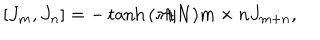
[ J _ { m } , J _ { n } ] = - \tanh { ( \pi / N ) m \times n } J _ { m + n } ,